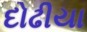
દોઢીયા